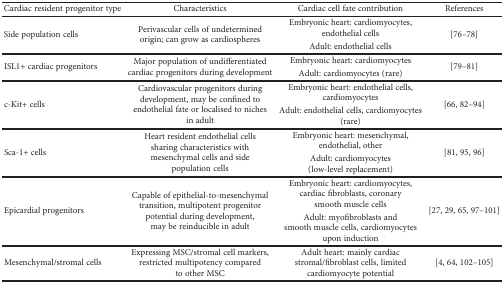
| Cardiac resident progenitor type | Characteristics | Cardiac cell fate contribution | References |
 | --- | --- | --- | --- |
 | <ROWSPAN=2> Side population cells | <ROWSPAN=2> Perivascular cells of undetermined origin; can grow as cardiospheres | Embryonic heart: cardiomyocytes, endothelial cells | <ROWSPAN=2> [76–78] |
 | Adult: endothelial cells |
 | <ROWSPAN=2> ISL1+ cardiac progenitors | <ROWSPAN=2> Major population of undifferentiated cardiac progenitors during development | Embryonic heart: cardiomyocytes | <ROWSPAN=2> [79–81] |
 | Adult: cardiomyocytes (rare) |
 | <ROWSPAN=2> c-Kit+ cells | <ROWSPAN=2> Cardiovascular progenitors during development, may be confined to endothelial fate or localised to niches in adult | Embryonic heart: endothelial cells, cardiomyocytes | <ROWSPAN=2> [66, 82–94] |
 | Adult: endothelial cells, cardiomyocytes (rare) |
 | <ROWSPAN=2> Sca-1+ cells | <ROWSPAN=2> Heart resident endothelial cells sharing characteristics with mesenchymal cells and side population cells | Embryonic heart: mesenchymal, endothelial, other | <ROWSPAN=2> [81, 95, 96] |
 | Adult: cardiomyocytes (low-level replacement) |
 | <ROWSPAN=2> Epicardial progenitors | <ROWSPAN=2> Capable of epithelial-to-mesenchymal transition, multipotent progenitor potential during development, may be reinducible in adult | Embryonic heart: cardiomyocytes, cardiac fibroblasts, coronary smooth muscle cells | <ROWSPAN=2> [27, 29, 65, 97–101] |
 | Adult: myofibroblasts and smooth muscle cells, cardiomyocytes upon induction |
 | Mesenchymal/stromal cells | Expressing MSC/stromal cell markers, restricted multipotency compared to other MSC | Adult heart: mainly cardiac stromal/fibroblast cells, limited cardiomyocyte potential | [4, 64, 102–105] |